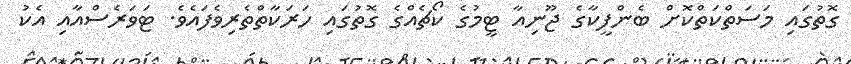
ގޮތުގައި މަސަތްކަތްކޮށް ބެންފީކާގެ ޖޫނިއާ ޓީމުގެ ކޯޗެއްގެ ގޮތުގައި ހަރަކާތްތެރިވެފައެވެ. ޓަވަރެސްއާއި އެކު